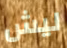
ليش